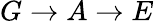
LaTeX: G\rightarrow A\rightarrow E